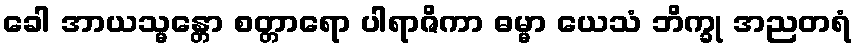
ခေါ အာယသ္မန္တော စတ္တာရော ပါရာဇိကာ ဓမ္မာ ယေသံ ဘိက္ခု အညတရံ